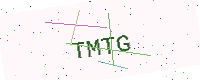
Text: TMTG